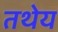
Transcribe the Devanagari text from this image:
तथेय